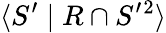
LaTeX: \langle S^{\prime}\mid R\cap S^{\prime}{}^{2}\rangle